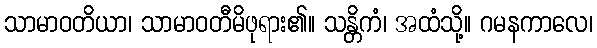
သာမာဝတိယာ၊ သာမာဝတီမိဖုရား၏။ သန္တိကံ၊ အထံသို့။ ဂမနကာလေ၊